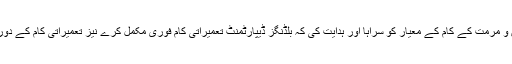
کمشنر نے عزیز بھٹ شہید ہسپتال میں جاری تزئین و مرمت کے کام کے معیار کو سراہا اور ہدایت کی کہ بلڈنگز ڈیپارٹمنٹ تعمیراتی کام فوری مکمل کرے نیز تعمیراتی کام کے دوران اعلی کوالٹی میٹریل کا استعمال یقینی بنایا جائے۔